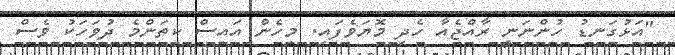
"އަޅުގަނޑު ހުންނަނީ ރާއްޖެއާ ހެދި މޮޔަވެފައި. މިހެން އައިސް ކިތަންމެ ދުވަހަކު ވެސް